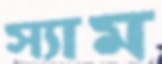
স্যাম